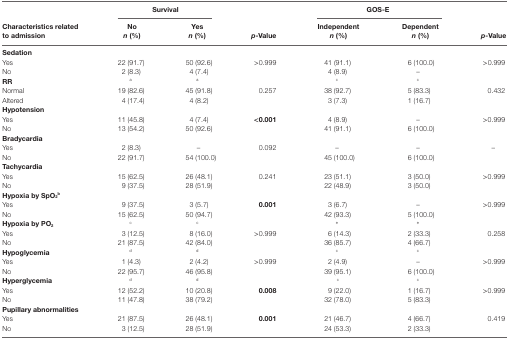
<table><thead><tr><td rowspan="2"><b>Characteristics related to admission</b></td><td colspan="2"><b>Survival</b></td><td rowspan="2"><b><i>p</i>-Value</b></td><td colspan="2"><b>GOS-E</b></td><td rowspan="2"><b><i>p</i>-Value</b></td></tr><tr><td><b>No <i>n</i> (%)</b></td><td><b>Yes <i>n</i> (%)</b></td><td><b>Independent <i>n</i> (%)</b></td><td><b>Dependent <i>n</i> (%)</b></td></tr></thead><tbody><tr><td><b>Sedation</b></td></tr><tr><td>Yes</td><td>22 (91.7)</td><td>50 (92.6)</td><td>&gt;0.999</td><td>41 (91.1)</td><td>6 (100.0)</td><td>&gt;0.999</td></tr><tr><td>No</td><td>2 (8.3)</td><td>4 (7.4)</td><td></td><td>4 (8.9)</td><td>–</td><td></td></tr><tr><td><b>RR</b></td><td><sup>a</sup></td><td><sup>a</sup></td><td></td><td><sup>c</sup></td><td><sup>c</sup></td><td></td></tr><tr><td>Normal</td><td>19 (82.6)</td><td>45 (91.8)</td><td>0.257</td><td>38 (92.7)</td><td>5 (83.3)</td><td>0.432</td></tr><tr><td>Altered</td><td>4 (17.4)</td><td>4 (8.2)</td><td></td><td>3 (7.3)</td><td>1 (16.7)</td><td></td></tr><tr><td><b>Hypotension</b></td></tr><tr><td>Yes</td><td>11 (45.8)</td><td>4 (7.4)</td><td><b>&lt;0.001</b></td><td>4 (8.9)</td><td>–</td><td>&gt;0.999</td></tr><tr><td>No</td><td>13 (54.2)</td><td>50 (92.6)</td><td></td><td>41 (91.1)</td><td>6 (100.0)</td><td></td></tr><tr><td><b>Bradycardia</b></td></tr><tr><td>Yes</td><td>2 (8.3)</td><td>–</td><td>0.092</td><td>–</td><td>–</td><td>–</td></tr><tr><td>No</td><td>22 (91.7)</td><td>54 (100.0)</td><td></td><td>45 (100.0)</td><td>6 (100.0)</td><td></td></tr><tr><td><b>Tachycardia</b></td></tr><tr><td>Yes</td><td>15 (62.5)</td><td>26 (48.1)</td><td>0.241</td><td>23 (51.1)</td><td>3 (50.0)</td><td>&gt;0.999</td></tr><tr><td>No</td><td>9 (37.5)</td><td>28 (51.9)</td><td></td><td>22 (48.9)</td><td>3 (50.0)</td><td></td></tr><tr><td><b>Hypoxia by SpO<sub>2</sub><sup>b</sup></b></td></tr><tr><td>Yes</td><td>9 (37.5)</td><td>3 (5.7)</td><td><b>0.001</b></td><td>3 (6.7)</td><td>–</td><td>&gt;0.999</td></tr><tr><td>No</td><td>15 (62.5)</td><td>50 (94.7)</td><td></td><td>42 (93.3)</td><td>5 (100.0)</td><td></td></tr><tr><td><b>Hypoxia by PO<sub>2</sub></b></td><td><sup>c</sup></td><td><sup>c</sup></td><td></td><td><sup>e</sup></td><td><sup>e</sup></td><td></td></tr><tr><td>Yes</td><td>3 (12.5)</td><td>8 (16.0)</td><td>&gt;0.999</td><td>6 (14.3)</td><td>2 (33.3)</td><td>0.258</td></tr><tr><td>No</td><td>21 (87.5)</td><td>42 (84.0)</td><td></td><td>36 (85.7)</td><td>4 (66.7)</td><td></td></tr><tr><td><b>Hypoglycemia</b></td><td><sup>d</sup></td><td><sup>d</sup></td><td></td><td><sup>c</sup></td><td><sup>c</sup></td><td></td></tr><tr><td>Yes</td><td>1 (4.3)</td><td>2 (4.2)</td><td>&gt;0.999</td><td>2 (4.9)</td><td>–</td><td>&gt;0.999</td></tr><tr><td>No</td><td>22 (95.7)</td><td>46 (95.8)</td><td></td><td>39 (95.1)</td><td>6 (100.0)</td><td></td></tr><tr><td><b>Hyperglycemia</b></td><td><sup>d</sup></td><td><sup>d</sup></td><td></td><td><sup>c</sup></td><td><sup>c</sup></td><td></td></tr><tr><td>Yes</td><td>12 (52.2)</td><td>10 (20.8)</td><td><b>0.008</b></td><td>9 (22.0)</td><td>1 (16.7)</td><td>&gt;0.999</td></tr><tr><td>No</td><td>11 (47.8)</td><td>38 (79.2)</td><td></td><td>32 (78.0)</td><td>5 (83.3)</td><td></td></tr><tr><td><b>Pupillary abnormalities</b></td></tr><tr><td>Yes</td><td>21 (87.5)</td><td>26 (48.1)</td><td><b>0.001</b></td><td>21 (46.7)</td><td>4 (66.7)</td><td>0.419</td></tr><tr><td>No</td><td>3 (12.5)</td><td>28 (51.9)</td><td></td><td>24 (53.3)</td><td>2 (33.3)</td><td></td></tr></tbody></table>